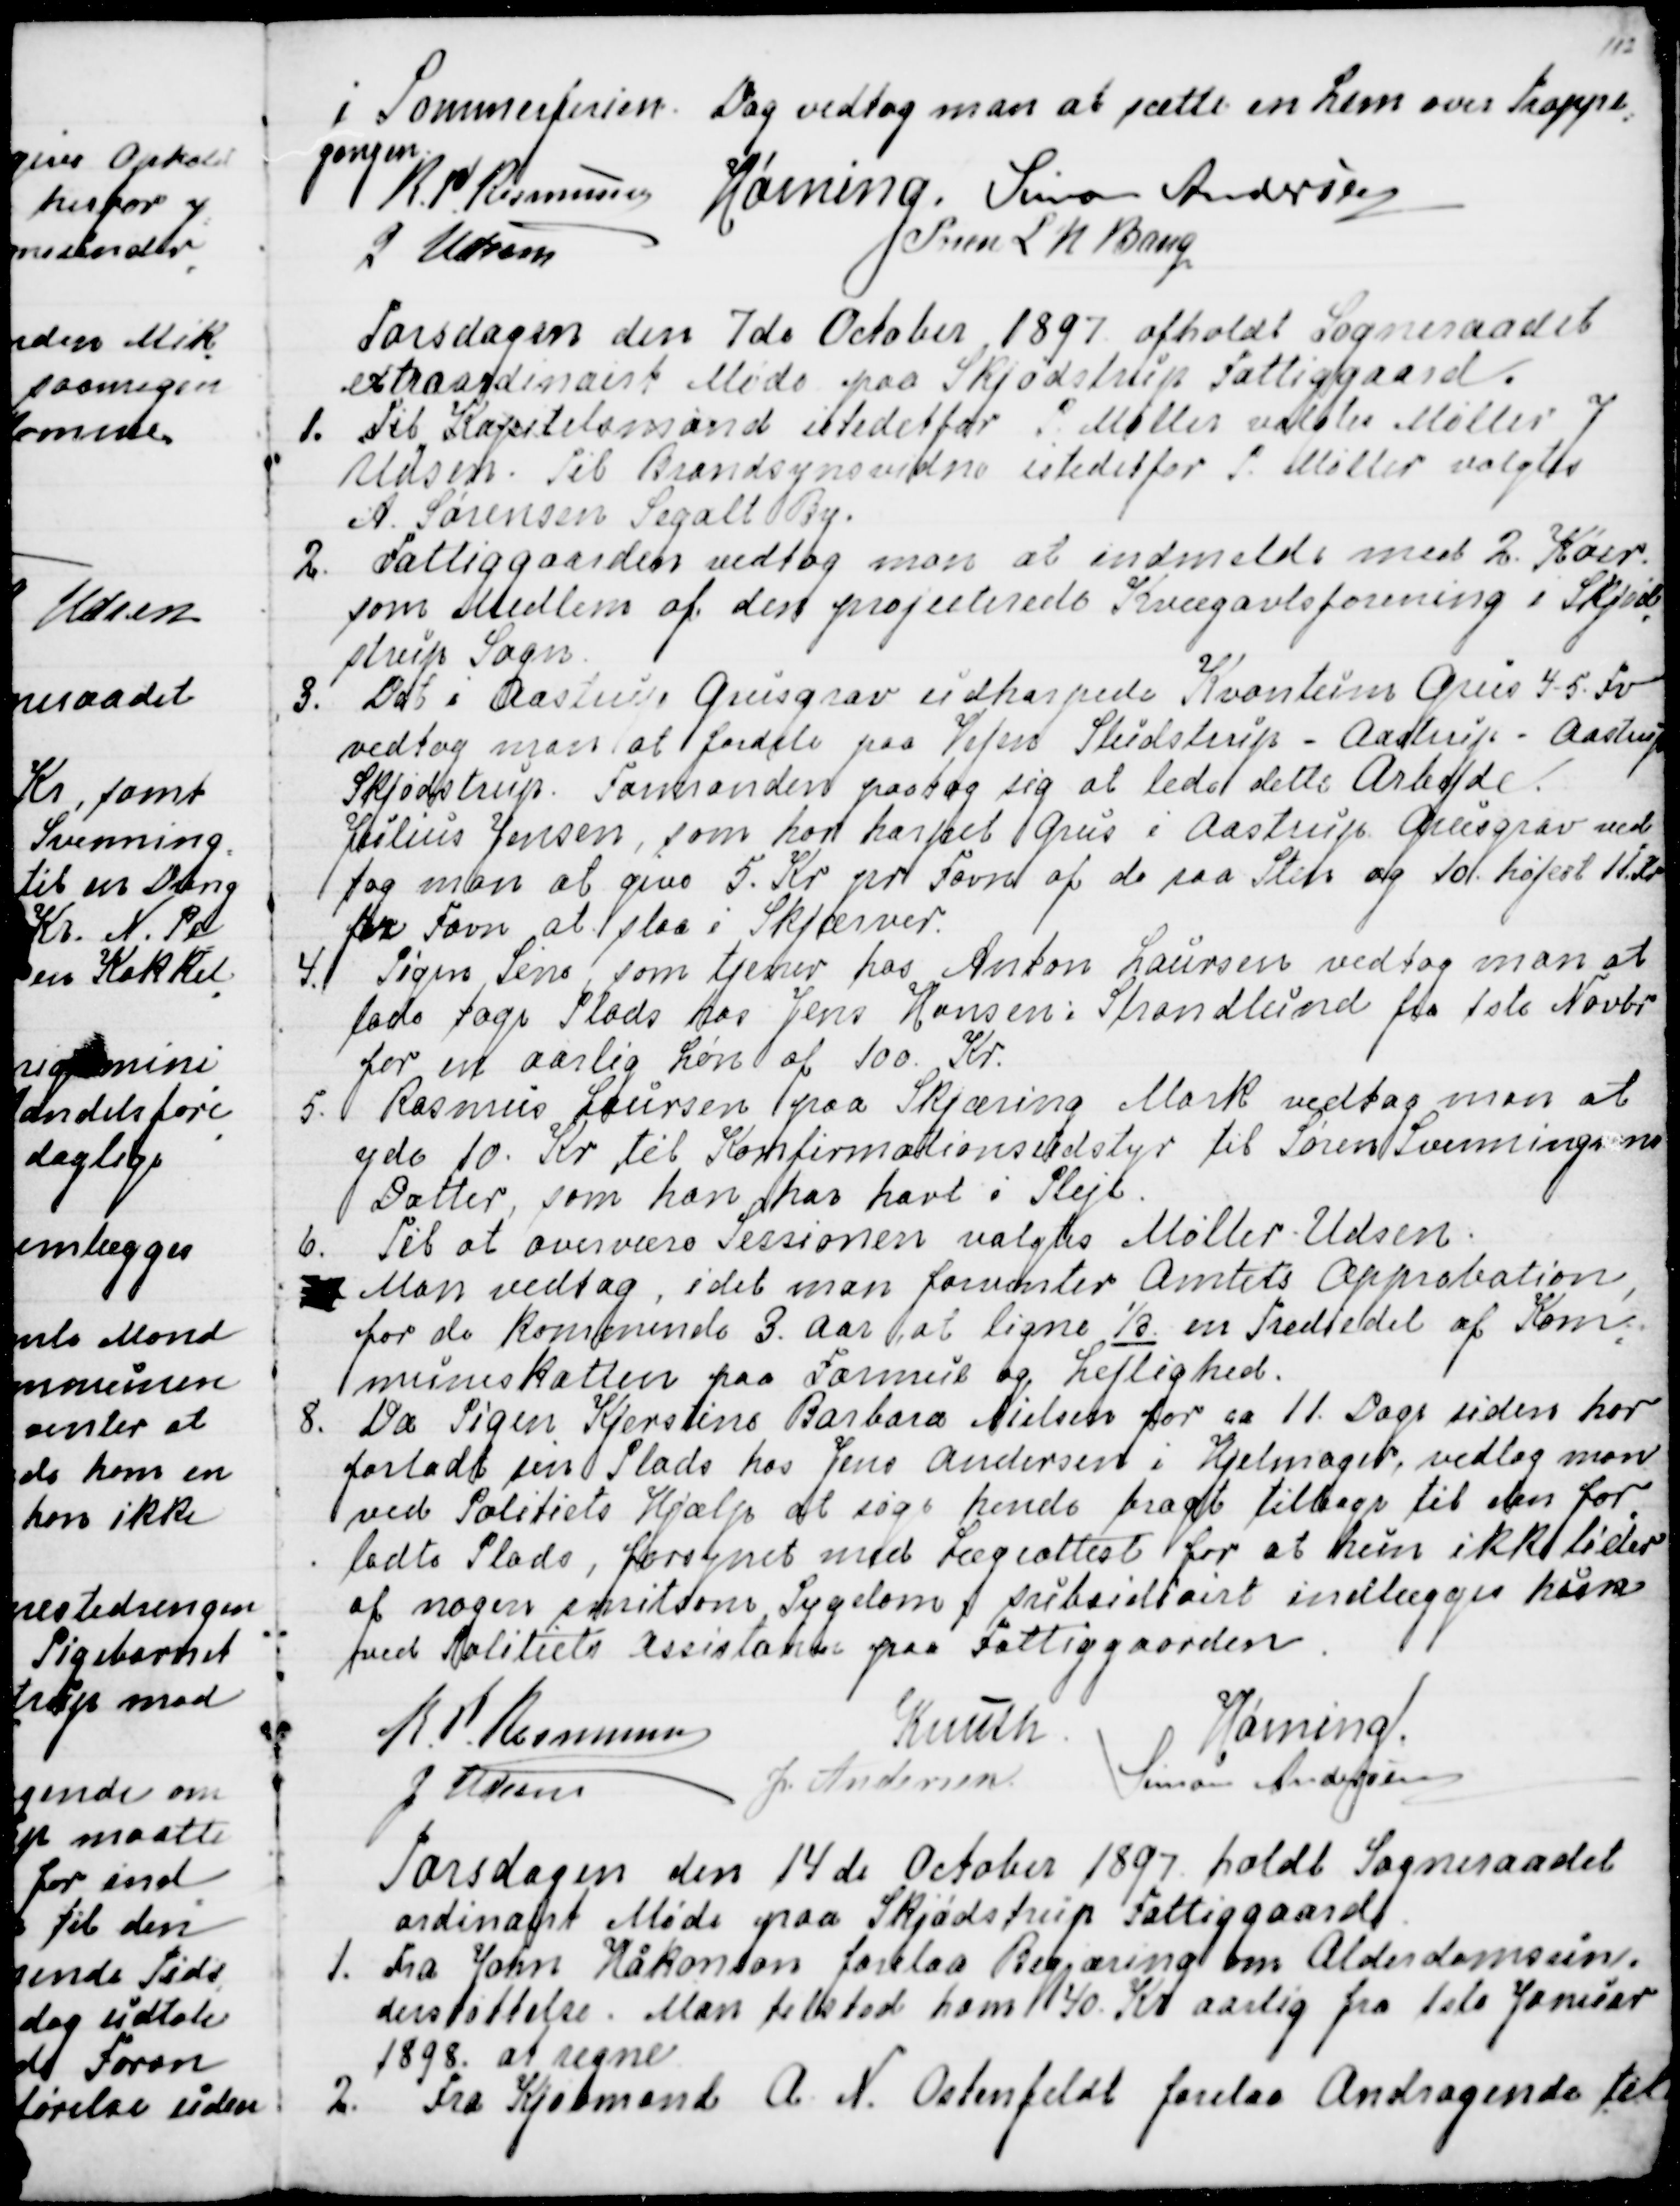
Transskription:
i Sommerferien. Dog vedtog man at sætte en Lem over Trappe
-
gangen.
R.P. Rasmussen
Hørning.
Simon Andersen
J Udsen
Søren L N Bang

Torsdagen den 7de October 1897 afholdt Sogneraadet
extraordinairt Møde paa Skjødstrup Fattiggaard.
1. Til Kapitelsmand istedetfor P. Møller valgtes Møller J
Udsen. Til Brandsynsvidne istedetfor P. Møller valgtes
A. Sørensen Segalt By.
2. Fattiggaarden vedtog man at indmelde med 2. Køer
som Medlem af den projecterede Kvægavlsforening i Skjød
=
strup Sogn.
3. Det i Aastrup Grusgrav udharpede Kvantum Grus 4-5 Fv
vedtog man at fordele paa Vejen Studstrup - Aastrup - Aastrup
Skjødstrup. Formanden paatog sig at lede dette Arbejde.
Julius Jensen, som har harpet Grus i Aastrup Grusgrav ved
=
tog man at give 5. Kr. pr Favn af de raa Sten og 10. højest 11. Kr
pr Favn at slaa i Skjærver.
4. Pigen Sine, som tjener hos Anton Laursen vedtog man at
lade tage Plads hos Jens Hansen i Strandlund fra 1ste Novbr
for en aarlig Løn af 100. Kr.
5. Rasmus Laursen paa Skjæring Mark vedtog man at
yde 10. Kr til Konfirmationsudstyr til Søren Svenningsens
Datter, som han har havt i Pleje.
6. Til at overvære Sessionen valgtes Møller Udsen.
7. Man vedtog, idet man forventer Amtets Approbation,
for de kommende 3. Aar at ligne ⅓  en Trediedel af Kom
=
muneskatten paa Formue og Lejlighed.
8. Da Pigen Kjerstine Barbara Nielsen for ca 11. Dage siden har
forladt sin Plads hos Jens Andersen i Hjelmager, vedtog man
ved Politiets Hjælp at søge hende bragt tilbage til den for
=
ladte Plads, forsynet med Lægeattest for at hun ikke lider
af nogen smitsom Sygdom subsidiairt indlægges hun
med Politiets Assistance paa Fattiggaarden.
R.P. Rasmussen
Knuth.
Hørning.
J Udsen
J. Andersen
Simon Andersen

Torsdagen den 14 de October 1897 holdt Sogneraadet
ordinairt Møde paa Skjødstrup Fattiggaard.
1. Fra John Håkonson forelaa Begjæring om Alderdomsun-
derstøttelse. Man tilstod ham 40. Kr. aarlig fra 1ste Januar
1898. at regne.
2. Fra Kjøbmand A. N. Ostenfeldt forelaa Andragende til